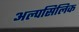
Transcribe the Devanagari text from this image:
अल्पसिलिक